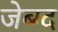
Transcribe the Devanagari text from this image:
जेब्ग्द